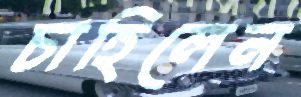
চাহিলেন